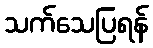
သက်သေပြရန်